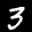
Label: 3